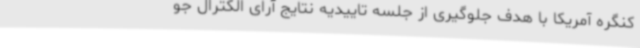
کنگره آمریکا با هدف جلوگیری از جلسه تاییدیه نتایج آرای الکترال جو